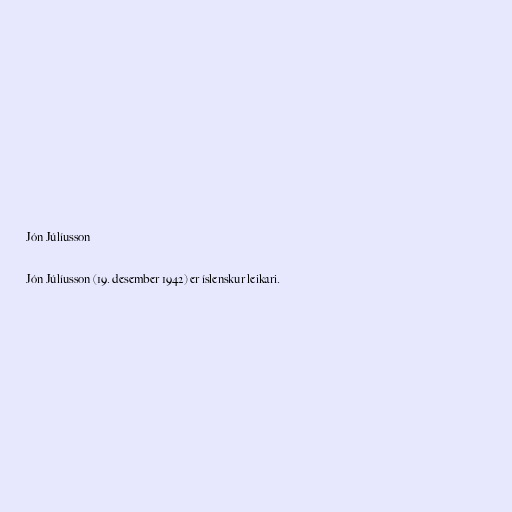
Jón Júlíusson

Jón Júlíusson (19. desember 1942) er íslenskur leikari.